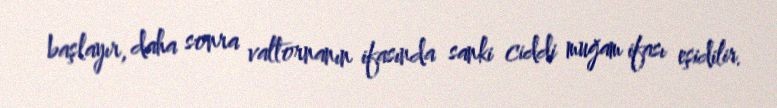
başlayır, daha sonra valtornanın ifasında sanki ciddi muğam ifası eşidilir.